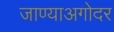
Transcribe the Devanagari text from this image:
जाण्याअगोदर